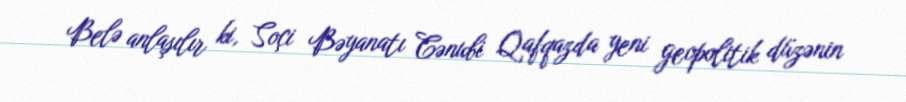
Belə anlaşılır ki, Soçi Bəyanatı Cənubi Qafqazda yeni geopolitik düzənin